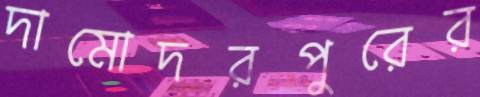
দামোদরপুরের